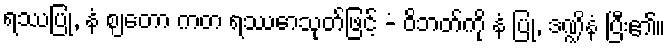
ရဿပြု, နံ ဈတော ကတ ရဿောသုတ်ဖြင့် -ံ ဝိဘတ်ကို နံ ပြု, ဒဏ္ဍိနံ ပြီး၏။